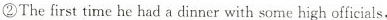
②The first time he had a dinner with some high officials,